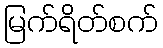
မြက်ရိတ်စက်